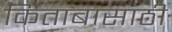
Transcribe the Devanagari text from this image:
किताबासाठी